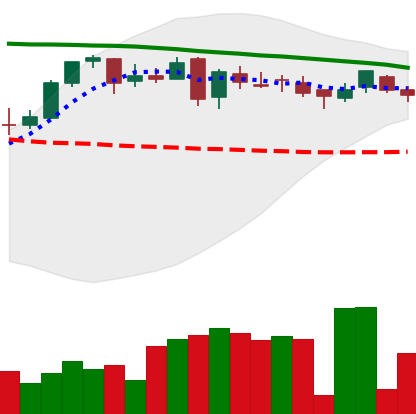
Ticker: DOGE-USD
Chart end date: 2018-05-05
Forward return: -5.985%
Label: down_5_7